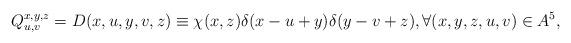
LaTeX: \begin{align*} Q^{x,y,z}_{u,v}=D(x,u,y,v,z)\equiv\chi(x,z)\delta(x-u+y)\delta(y-v+z),\forall (x,y,z,u,v)\in A^5,\end{align*}